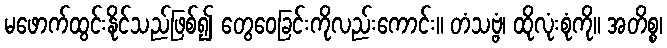
မဖောက်ထွင်းနိုင်သည်ဖြစ်၍ တွေဝေခြင်းကိုလည်းကောင်း။ တံသဗ္ဗံ၊ ထိုလုံးစုံကို။ အတိစ္စ၊